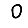
Digit: 0